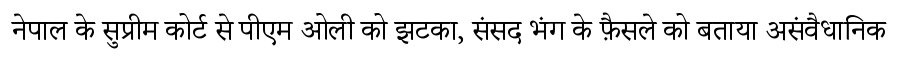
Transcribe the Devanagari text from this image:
नेपाल के सुप्रीम कोर्ट से पीएम ओली को झटका, संसद भंग के फ़ैसले को बताया असंवैधानिक